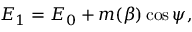
{ \cal E } _ { 1 } = { \cal E } _ { 0 } + m ( \beta ) \cos \psi ,